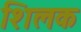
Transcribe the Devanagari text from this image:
शिलक